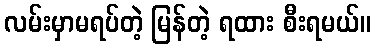
လမ်းမှာမရပ်တဲ့ မြန်တဲ့ ရထား စီးရမယ်။